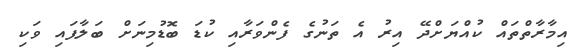
އިމާރާތްތައް ކުއްޔަށްދޭ އިރު އެ ތަނުގެ ފެންވަރާއި ކުޑަ ބޮޑުމިނަށް ބަލާފައި ވަކި